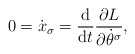
\begin{gather*} 0 = \dot{x} _\sigma = \frac{\mathrm{d}}{\mathrm{d}t} \frac{ \partial L }{ \partial \dot{\theta} ^\sigma },\end{gather*}